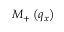
{ { M } _ { + } } \left( { { q } _ { x } } \right)